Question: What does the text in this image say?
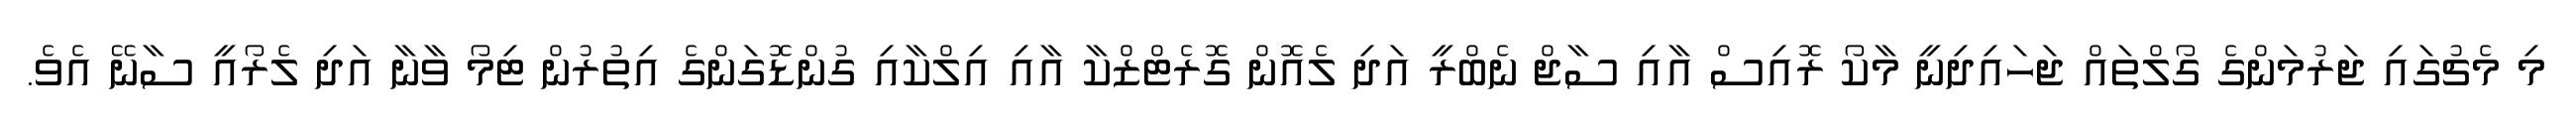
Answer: މި މެޗުގައި ޖަރުމަންގެ ގޯލްތައް ޖަހައިދިނީ މާކޯ ރޮއިސް އާއި ސާޖް ނެބްރީ އަދި ލެއޮން ގޮރެޓްޒްކާ އާއި އިލްކާއި ގުންޑޮގަންގެ އިތުރުން ޓިމޯ ވާނާ އަދި ލެރޯއީ ސާނޭ އެވެ.